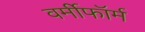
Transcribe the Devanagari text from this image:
वर्मीफॉर्म